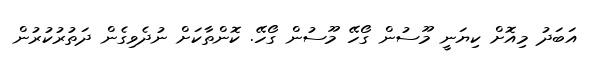
އަބަދު މިއޮށް ކިޔަނީ މޫސުން ގޯހޭ މޫސުން ގޯހޭ. ކޮންތާކަށް ނުދެވިގެން ދަތުރުކުރުން